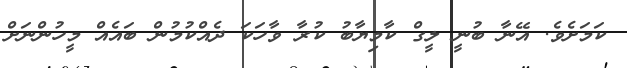
ކަމަށެވެ. އޭނާ ބުނީ ލީގް ކާމިޔާބު ކުރާ ވާހަކަ ދެއްކުމުން ބައެއް މީހުންނަށް